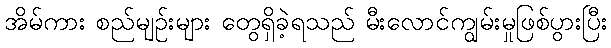
အိမ်ကား စည်မျဉ်းများ တွေရှိခဲ့ရသည် မီးလောင်ကျွမ်းမှုဖြစ်ပွားပြီး